Continuation classes and employment agencies, 1910
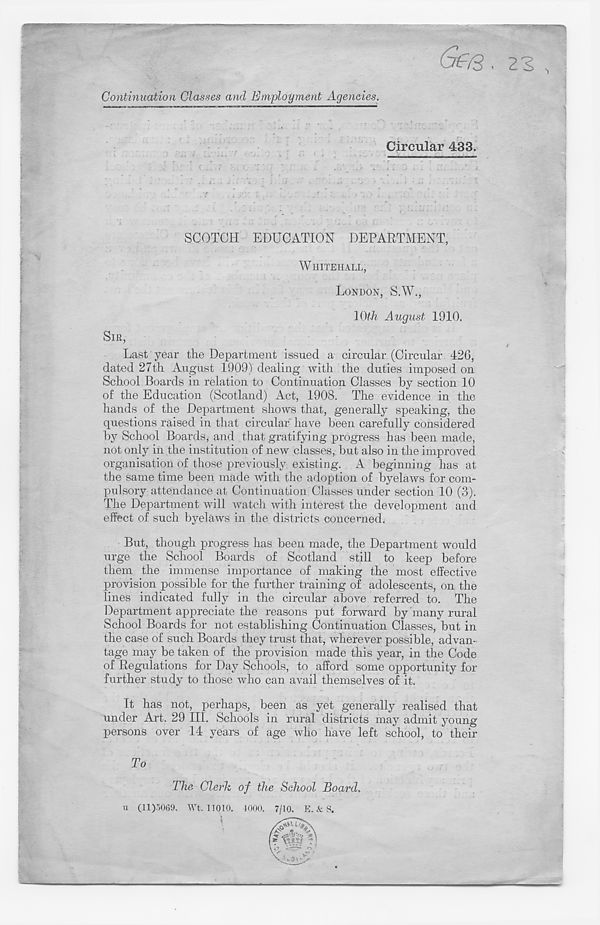
Continuation Classes and Employment Agencies.
<j£/3. 23 ,
Circular 433.
SCOTCH EDUCATION DEPARTMENT,
WHITEHALL,
LONDON, S.W.,
1 Oth August 1910.
SIR,
Last year the Department issued a circular (Circular 426,
dated 27th August 1909) dealing with the duties imposed on
School Boards in relation to Continuation Classes by section 10
of the Education (Scotland) Act, 1908. The evidence in the
hands of the Department shows that, generally speaking, the
questions raised in that circular have been carefully considered
by School Boards, and that gratifying progress has been made,
not only in the institution of new classes, but also in the improved
organisation of those previously existing. A beginning has at
the same time been made with the adoption of byelaws for com-
pulsory attendance at Continuation Classes under section 10 (3).
The Department will watch with interest the development and
effect of such byelaws in the districts concerned.
But, though progress has been made, the Department would
urge the School Boards of Scotland still to keep before
them the immense importance of making the most effective
provision possible for the further training of adolescents, on the
lines indicated fully in the circular above referred to. The
Department appreciate the reasons put forward by many rural
School Boards for not establishing Continuation Classes, but in
the case of such Boards they trust that, wherever possible, advan-
tage may be taken of the provision made this year, in the Code
of Regulations for Day Schools, to afford some opportunity for
further study to those who can avail themselves of it.
It has not, perhaps, been as yet generally realised that
under Art. 29 III. Schools in rural districts may admit young
persons over 14 years of age who have left school, to their
To
The Clerk of the School Board.
u (11)5069. Wt. 11010. 1000. 7/10. E. <fc S,